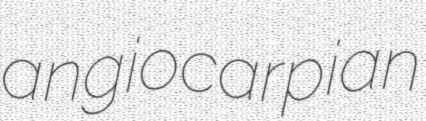
angiocarpian